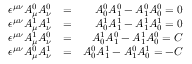
\begin{array} { r l r } { \epsilon ^ { \mu \nu } A _ { \mu } ^ { 0 } A _ { \nu } ^ { 0 } } & { = } & { A _ { 0 } ^ { 0 } A _ { 1 } ^ { 0 } - A _ { 1 } ^ { 0 } A _ { 0 } ^ { 0 } = 0 } \\ { \epsilon ^ { \mu \nu } A _ { \mu } ^ { 1 } A _ { \nu } ^ { 1 } } & { = } & { A _ { 0 } ^ { 1 } A _ { 1 } ^ { 1 } - A _ { 1 } ^ { 1 } A _ { 0 } ^ { 1 } = 0 } \\ { \epsilon ^ { \mu \nu } A _ { \mu } ^ { 1 } A _ { \nu } ^ { 0 } } & { = } & { A _ { 0 } ^ { 1 } A _ { 1 } ^ { 0 } - A _ { 1 } ^ { 1 } A _ { 0 } ^ { 0 } = C } \\ { \epsilon ^ { \mu \nu } A _ { \mu } ^ { 0 } A _ { \nu } ^ { 1 } } & { = } & { A _ { 0 } ^ { 0 } A _ { 1 } ^ { 1 } - A _ { 1 } ^ { 0 } A _ { 0 } ^ { 1 } = - C } \end{array}